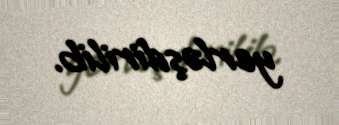
yerləşdirilib.